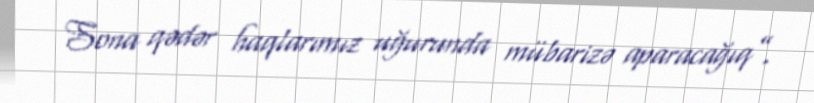
Sona qədər haqlarımız uğurunda mübarizə aparacağıq”.